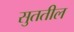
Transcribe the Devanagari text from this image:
सुततील